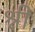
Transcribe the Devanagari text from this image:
श्नी